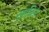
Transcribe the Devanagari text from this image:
ख़ानिम